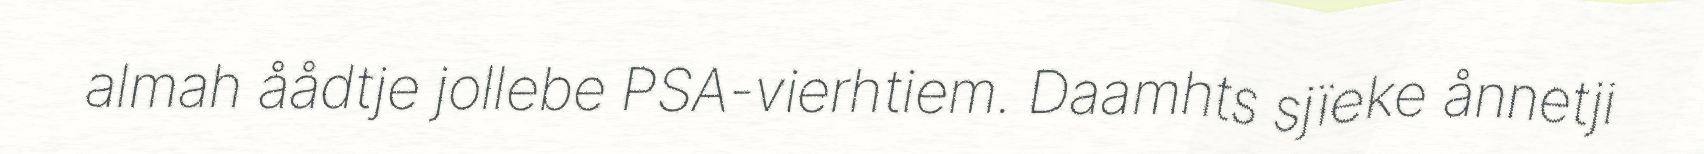
almah åådtje jollebe PSA-vierhtiem. Daamhts sjïeke ånnetji